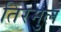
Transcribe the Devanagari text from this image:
तिरमुल